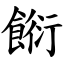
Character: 餰